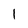
Character: 1